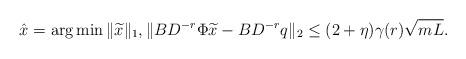
LaTeX: \begin{align*}\hat{x}=\arg\min \|\widetilde{x}\|_1, \|BD^{-r}\Phi \widetilde{x}-BD^{-r} q\|_2\leq (2+\eta) \gamma(r)\sqrt {mL}.\end{align*}